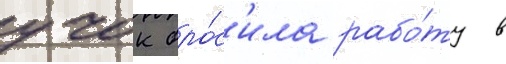
учок бро́с'ила рабо́ту в